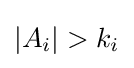
|A_{i}|>k_{i}